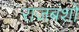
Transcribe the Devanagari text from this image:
राजबंशो